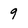
Character: 9